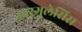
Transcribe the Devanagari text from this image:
आरगुलेसिस